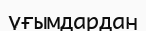
үғымдардан